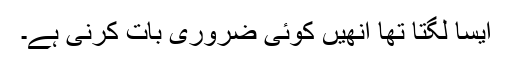
ایسا لگتا تھا انھیں کوئی ضروری بات کرنی ہے۔